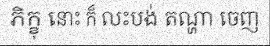
ភិក្ខុ នោះ ក៏ លះបង់ តណ្ហា ចេញ